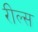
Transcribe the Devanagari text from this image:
रील्स